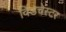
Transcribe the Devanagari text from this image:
विंडचेस्टर